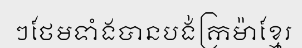
ៗថែមទាំងបានបង់ក្រម៉ាខ្មែរ